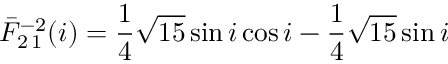
\bar { F } _ { 2 \, 1 } ^ { - 2 } ( i ) = \frac { 1 } { 4 } \sqrt { 1 5 } \sin i \cos i - \frac { 1 } { 4 } \sqrt { 1 5 } \sin i